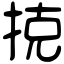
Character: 𢭪